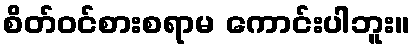
စိတ်ဝင်စားစရာမ ကောင်းပါဘူး။